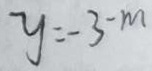
y = - 3 - m